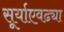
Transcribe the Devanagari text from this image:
सूर्याएवढ्या